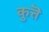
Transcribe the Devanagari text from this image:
कुत्तॆ